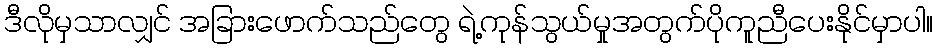
ဒီလိုမှသာလျှင် အခြားဖောက်သည်တွေ ရဲ့ကုန်သွယ်မှုအတွက်ပိုကူညီပေးနိုင်မှာပါ။